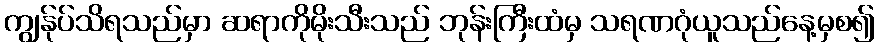
ကျွန်ုပ်သိရသည်မှာ ဆရာကိုမိုးသီးသည် ဘုန်းကြီးထံမှ သရဏဂုံယူသည်နေ့မှစ၍